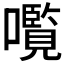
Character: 𫬠